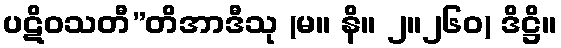
ပဋိဝသတီ”တိအာဒီသု (မ။ နိ။ ၂။၂၆၀) ဒိဋ္ဌိ။